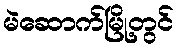
မဲဆောက်မြို့တွင်